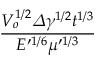
\frac { V _ { o } ^ { 1 / 2 } \varDelta \gamma ^ { 1 / 2 } t ^ { 1 / 3 } } { E ^ { \prime 1 / 6 } \mu ^ { \prime 1 / 3 } }